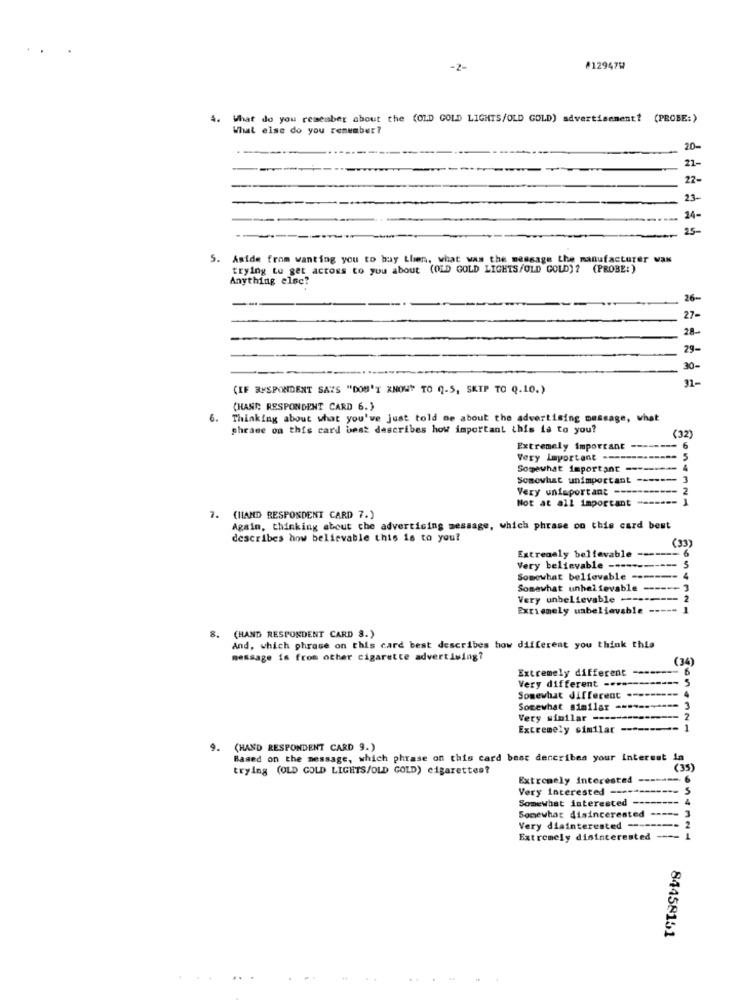
-2-
#12947W
4.
What do you remember about the (OLD GOLD LIGHTS/OLD GOLD) advertisement? (PROBE:)
What else do you remember?
20-
21-
22-
23-
24-
25-
5.
Aside from wanting you to hay Llen, what was the message the manufacturer van
trying to get across to you about (OLD GOLD LIGHTS/OLD GOLD) ? (PROBE:)
Anything else?
26-
27-
28-
29-
30-
31-
(IF RESPONDENT SAYS "DON'T KNOW" TO Q-5, SKIP TO Q.10.)
(HAND: RESPONDENT CARD 6.}
6.
Thinking about what you've just told me about the advertising message, what
phrase on this card best describes how important this is to you?
(32)
Extremely important -------- 6
Very Important ------------- 5
Somewhat important --------
4
Somewhat unimportant ------- 3
Very unimportant -----
2
Not at all important
(HAND RESPONDENT CARD 7.)
Again, thinking about che advertising message, which phrase on this card best
describes how believable this is to you?
(33)
Extremely believable ------- 6
Very believable ----------- 5
Somewhat believable ------
Somewhat unhelfevable ------ 3
Very unbelievable ---
Extremely unbelievable ---
8.
(HAND RESPONDENT CARD 8.)
And, which phrase on this card best describes how different you think this
message is from other cigarette advertising?
(34)
Extremely different
----
6
Very different -...--------- 5
5
Somewhat different ---------
Somewhat similar -------==== 3
Very similar --------------- 2
Extremely similar
--------- 1
. (HAND RESPONDENT CARD 9.)
Based on the message, which phrase on this card best describes your interest i
trying (OLD GOLD LIGHTS/OLD GOLD) cigarettes?
Extremely interested
-
. 6
Very interested ------
Somewhat interested
Somewhat disincerested
- :
Very disinterested ----
-
Extremely disinterested
84458151